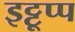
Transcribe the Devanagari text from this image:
इट्टूप्प